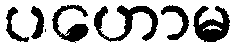
ပဟောမ